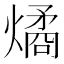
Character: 燏